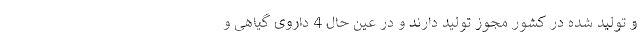
و تولید شده در کشور مجوز تولید دارند و در عین حال 4 داروی گیاهی و